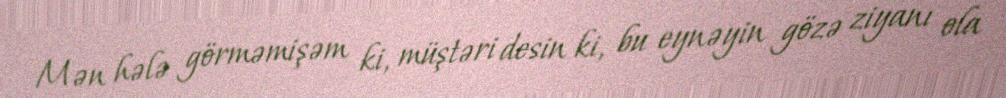
Mən hələ görməmişəm ki, müştəri desin ki, bu eynəyin gözə ziyanı ola